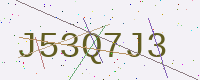
Text: J53Q7J3